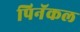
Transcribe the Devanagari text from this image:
पिनॅकल